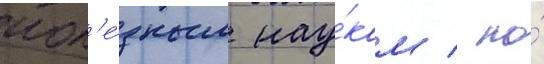
пол'е́зным нау́кам / но́